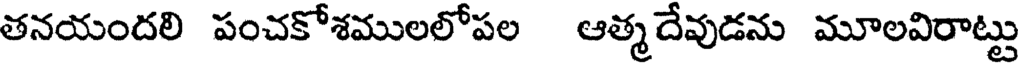
తనయందలి పంచకోశములలోపల ఆత్మ దేవుడను మూలవిరాట్టు